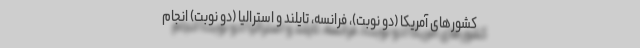
کشورهای آمریکا (دو نوبت)، فرانسه، تایلند و استرالیا (دو نوبت) انجام